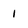
Character: 1